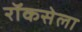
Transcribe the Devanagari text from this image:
रॉकसेला